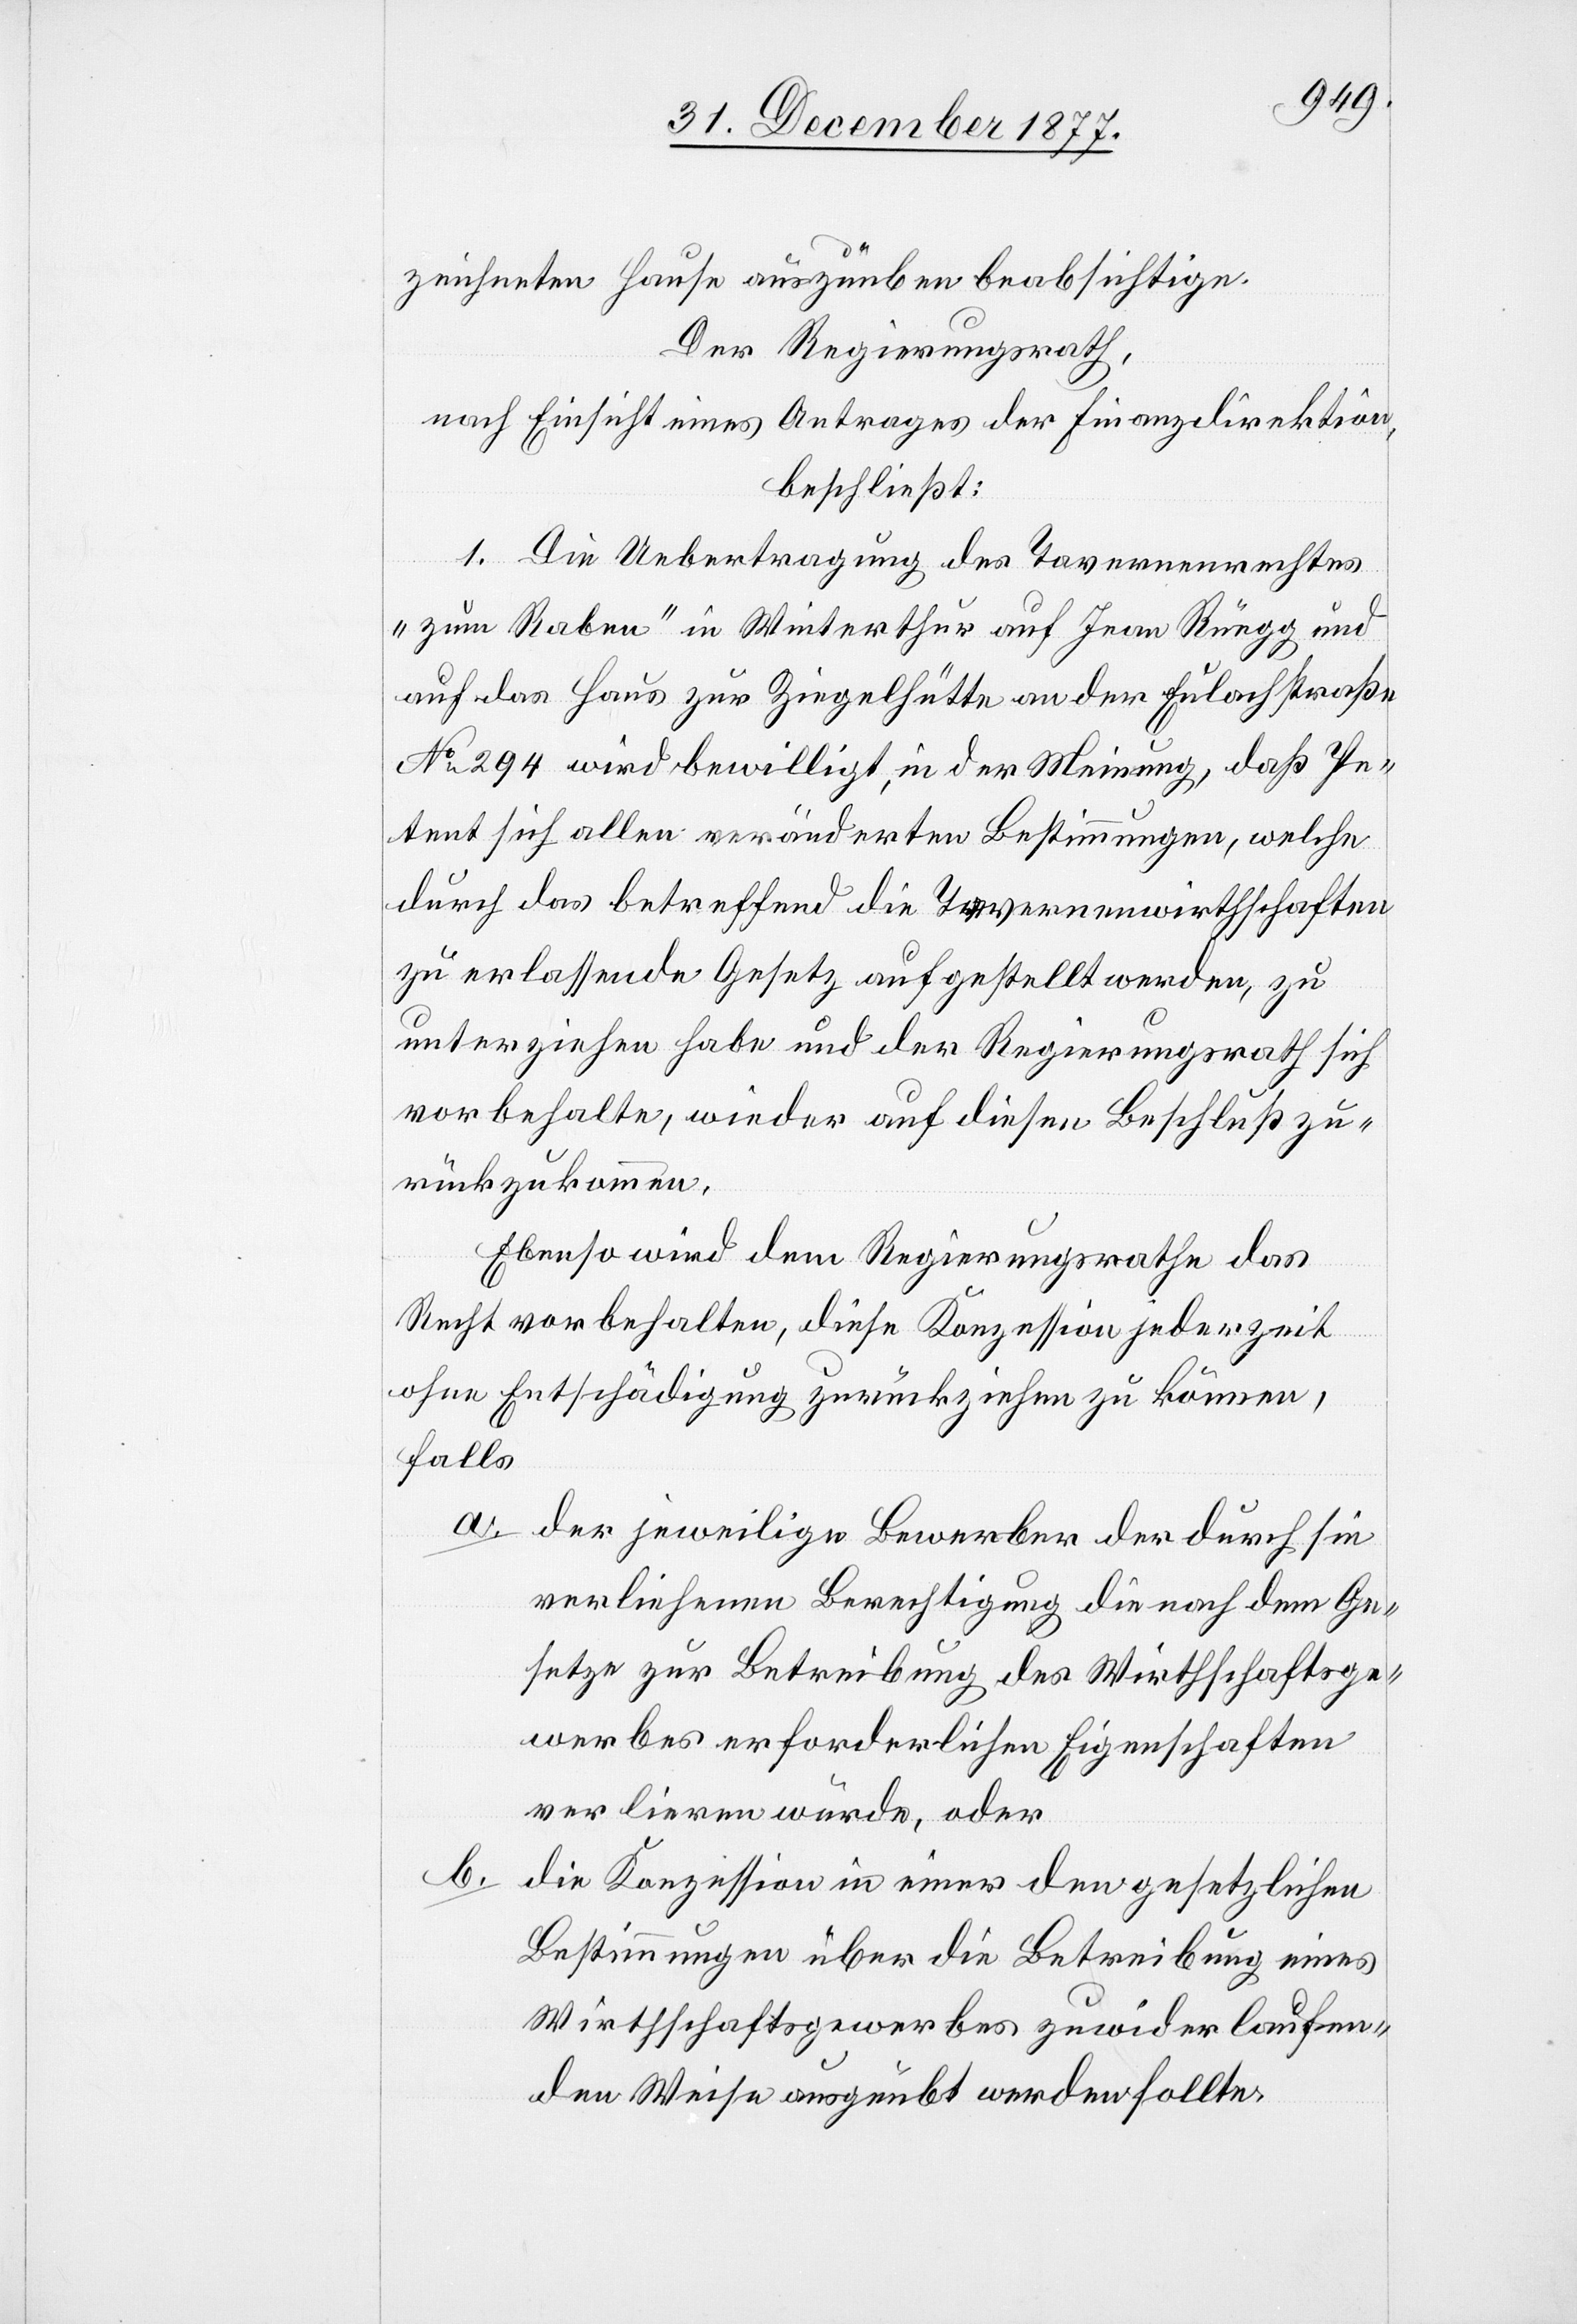
zeichneten Hause auszuüben beabsichtige.
Der Regierungsrath,
nach Einsicht eines Antrages der Finanzdirektion,
beschließt:
1. Die Uebertragung des Tavernenrechtes
„zum Raben“ in Winterthur auf Jean Rüegg und
auf das Haus zur Ziegelhütte an der Eulachstraße
No 294 wird bewilligt, in der Meinung, daß Pe¬
tent sich allen veränderten Bestimmungen, welche
durch das betreffend die Tavernenwirthschaften
zu erlassende Gesetz aufgestellt werden, zu
unterziehen habe und der Regierungsrath sich
vorbehalte, wieder auf diesen Beschluß zu¬
rückzukommen.
Ebenso wird dem Regierungsrathe das
Recht vorbehalten, diese Konzession jederzeit
ohne Entschädigung zurückziehen zu können,
falls
der jeweilige Bewerber der durch sie
verliehenen Berechtigung die nach dem Ge¬
setze zur Betreibung des Wirthschaftsge¬
werbes erforderlichen Eigenschaften
verlieren würde, oder
b.
die Konzession in einer den gesetzlichen
Bestimmungen über die Betreibung eines
Wirthschaftsgewerbes zuwider laufen¬
den Weise ausgeübt werden sollte.